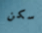
سكن